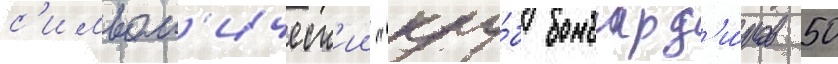
с'имвол'ическ'ии "клу́б бомбард'и́ров 50